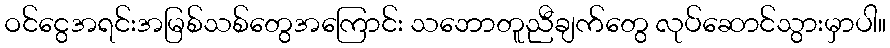
ဝင်ငွေအရင်းအမြစ်သစ်တွေအကြောင်း သဘောတူညီချက်တွေ လုပ်ဆောင်သွားမှာပါ။